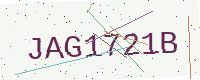
Text: JAG1721B